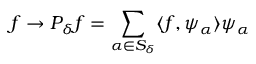
f \rightarrow P _ { \delta } f = \sum _ { \alpha \in S _ { \delta } } \langle f , \psi _ { \alpha } \rangle \psi _ { \alpha }